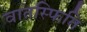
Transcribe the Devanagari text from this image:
वातस्फिति